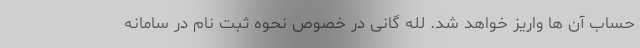
حساب آن ها واریز خواهد شد. لله گانی در خصوص نحوه ثبت نام در سامانه